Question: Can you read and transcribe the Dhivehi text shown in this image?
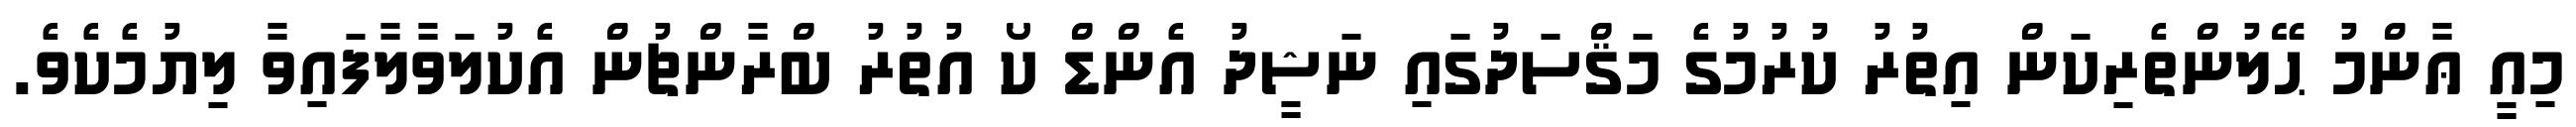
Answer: މިއީ ޢާންމު ޙޭލުންތެރިކަން އިތުރު ކުރުމުގެ މަޤްސަދުގައި ނަޝީދު އެންޑް ކޯ އުތުރު ބްރާންޗުން އެކުލަވާލާފައިވާ ލިޔުމެކެވެ.